system: You are a helpful assistant.
user:
Analyze the provided spectrum to determine if it is a **M-type Giant (gM)**.

A M-type Giant spectrum is defined by its **strong molecular absorption** features, particularly from **Titanium Oxide (TiO)**. You must check for one of the following mutually exclusive signatures:

- **Key Visual Indicators (Absorption-Dominated Spectrum):**

    - **(Primary):** The spectrum is dominated by strong molecular absorption from **Titanium Oxide (TiO)**. This is the **defining feature** of its M-type temperature class.
        - **(Key Bandheads):** Look for sharp, "saw-tooth" absorption valleys. The strongest are located near **~7050 Å**, **~6160 Å**, and **~5170 Å**.
        - **(Line Profile):** The "saw-tooth" morphology is critical: a **sharp, steep drop on the BLUE (short-wavelength) side** of the bandhead, followed by a gradual recovery (rising flux) towards the RED (long-wavelength) side.

    - **(Key Confirmation - Giant vs. Dwarf):** **ABSENCE** of strong **Calcium Hydride (CaH)** molecular bands. This is the primary diagnostic for *excluding* M-dwarfs.
        - **(Key Region):** The spectrum should lack the strong, broad absorption band seen in dwarfs between **~6800 Å and ~7000 Å**.

    - **(Secondary Confirmation - Giant):** A very strong and broad **Neutral Calcium (Ca I)** atomic absorption line.
        - **(Key Line):** Located at **~4226 Å**. In a giant (gM), this line is significantly deeper and broader than the same line in an M-dwarf (dM) due to low surface gravity.

    - **(Overall Spectrum):**
        - The continuum is **extremely red-sloping** (i.e., flux is very low in the blue and rises dramatically towards the red).
        - The entire spectrum appears "chopped up" by the deep TiO bands.

Think first, call **spectral_visualization_tool** if needed to examine features in detail, then provide your final answer. Your response must adhere to the following strict rules:
1.  **Overall Structure:** Your response must follow the format `<think>...</think> <tool_call>...</tool_call> (if a tool is used) <answer>...</answer>`.
2.  **Tool Usage Constraint:** You may only make **one** tool call per turn.
3.  **Final Answer Format:** In the `<answer>` tag, your conclusion must be inside a `\boxed{}` command (e.g., `\boxed{YES}` or `\boxed{NO}`), followed by your justification.

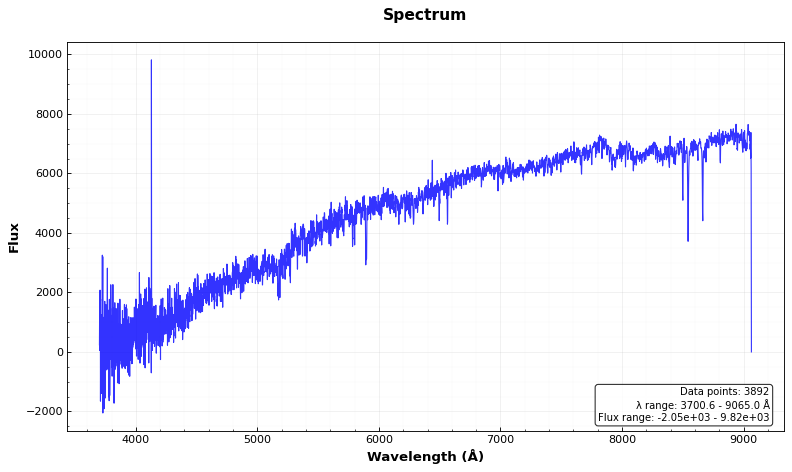
Answer: NO